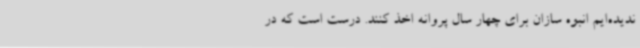
ندیده‌ایم انبوه سازان برای چهار سال پروانه اخذ کنند. درست است که در